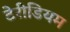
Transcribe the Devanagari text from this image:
टेरीडियम